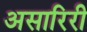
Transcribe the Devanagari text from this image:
असारिरी